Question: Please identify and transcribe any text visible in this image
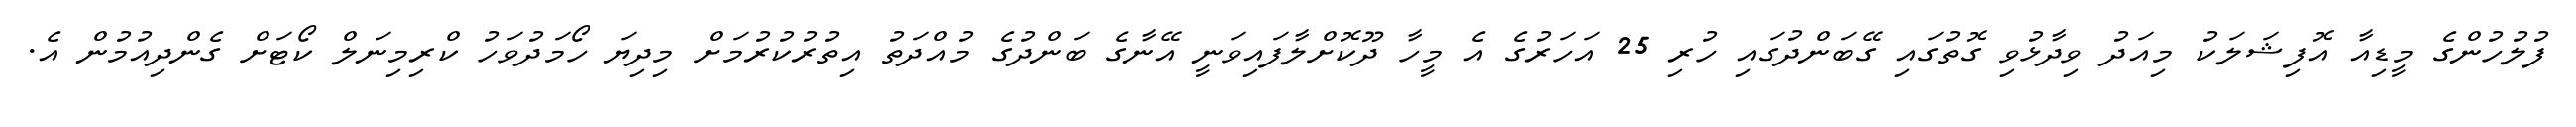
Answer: ފުލުހުންގެ މީޑިއާ އޮފިޝަލަކު މިއަދު ވިދާޅުވި ގޮތުގައި ގޭބަންދުގައި ހުރި 25 އަހަރުގެ އެ މީހާ ދޫކޮށްލާފައިވަނީ އޭނާގެ ބަންދުގެ މުއްދަތު އިތުރުކުރުމަށް މިދިޔަ ހޯމަދުވަހު ކްރިމިނަލް ކޯޓަށް ގެންދިއުމުން އެ.